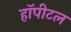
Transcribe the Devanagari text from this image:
हॉपीटल